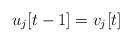
\begin{align*}u_{j}[t-1]=v_{j}[t]\end{align*}